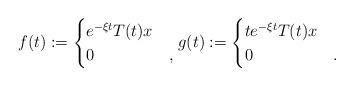
LaTeX: \begin{align*}f(t) := \begin{cases}e^{-\xi t} T(t)x & \\0 & ,\end{cases}g(t) := \begin{cases}te^{-\xi t} T(t)x & \\0 & .\end{cases}\end{align*}